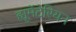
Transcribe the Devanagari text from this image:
ह्यूमेंटेरियन